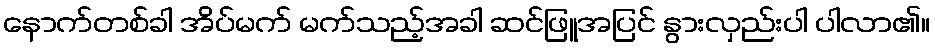
နောက်တစ်ခါ အိပ်မက် မက်သည့်အခါ ဆင်ဖြူအပြင် နွားလှည်းပါ ပါလာ၏။